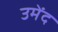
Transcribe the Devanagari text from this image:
उमेंद